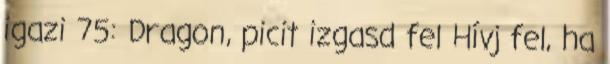
igazi 75: Dragon, picit izgasd fel Hívj fel, ha